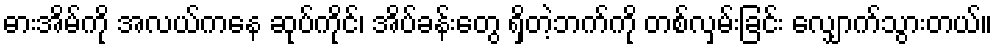
ဓားအိမ်ကို အလယ်ကနေ ဆုပ်ကိုင်၊ အိပ်ခန်းတွေ ရှိတဲ့ဘက်ကို တစ်လှမ်းခြင်း လျှောက်သွားတယ်။